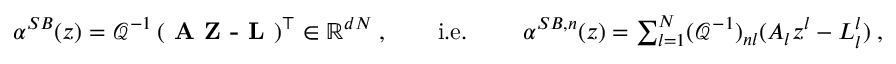
\begin{array} { r } { { \alpha } ^ { S B } ( z ) = \mathcal { Q } ^ { - 1 } \left( \textbf { A Z - L } \right) ^ { \top } \in \mathbb { R } ^ { d N } \; , \quad \quad \mathrm { i . e . \ } \quad \quad { \alpha } ^ { S B , n } ( z ) = \sum _ { l = 1 } ^ { N } ( \mathcal { Q } ^ { - 1 } ) _ { n l } ( A _ { l } z ^ { l } - L _ { l } ^ { l } ) \; , } \end{array}